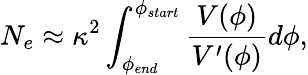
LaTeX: N_{e}\approx\kappa^{2}\int_{\phi_{end}}^{\phi_{start}}\frac{V(\phi)}{V^{\prime}(\phi)}d\phi,